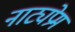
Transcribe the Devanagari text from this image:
नाट्यप्रेम